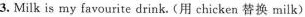
3.Milk is my favourite drink. (用chicken替换milk)